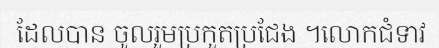
ដែលបាន ចូលរួមប្រកួតប្រជែង ។លោកជំទាវ